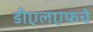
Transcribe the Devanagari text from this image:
डीएलएफचे